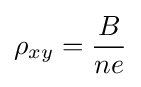
\rho _{xy}={\frac {B}{ne}}